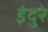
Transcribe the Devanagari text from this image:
इंदुरे